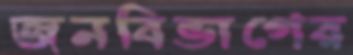
জনবিভাগের